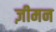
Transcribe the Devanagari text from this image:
ज़ीमन